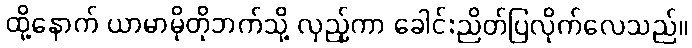
ထို့နောက် ယာမာမိုတိုဘက်သို့ လှည့်ကာ ခေါင်းညိတ်ပြလိုက်လေသည်။